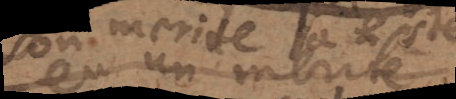
son merite a